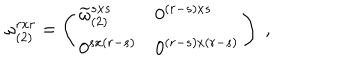
LaTeX: \omega _ { ( 2 ) } ^ { r x r } = \left( \begin{array} { l l } { { \widetilde { \omega } _ { ( 2 ) } ^ { s x s } } } & { { 0 ^ { ( r - s ) x s } } } \\ { { 0 ^ { s x ( r - s ) } } } & { { 0 ^ { ( r - s ) x ( r - s ) } } } \\ \end{array} \right) \; ,